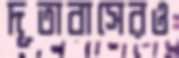
দূতাবাসেরও